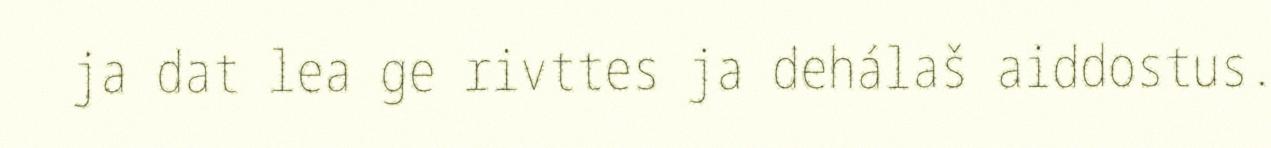
ja dat lea ge rivttes ja dehálaš aiddostus.